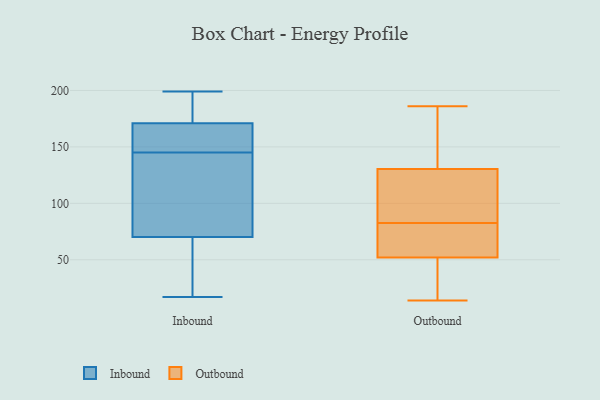
{"axis": {"x": "Page Views", "y": "Value"}, "legend": ["Inbound", "Outbound"], "data": [{"x": "", "y": 178, "type": "Inbound"}, {"x": "", "y": 128, "type": "Inbound"}, {"x": "", "y": 121, "type": "Inbound"}, {"x": "", "y": 47, "type": "Inbound"}, {"x": "", "y": 199, "type": "Inbound"}, {"x": "", "y": 167, "type": "Inbound"}, {"x": "", "y": 161, "type": "Inbound"}, {"x": "", "y": 17, "type": "Inbound"}, {"x": "", "y": 197, "type": "Inbound"}, {"x": "", "y": 174, "type": "Inbound"}, {"x": "", "y": 78, "type": "Inbound"}, {"x": "", "y": 145, "type": "Inbound"}, {"x": "", "y": 132, "type": "Inbound"}, {"x": "", "y": 170, "type": "Inbound"}, {"x": "", "y": 44, "type": "Inbound"}, {"x": "", "y": 147, "type": "Inbound"}, {"x": "", "y": 28, "type": "Inbound"}, {"x": "", "y": 138, "type": "Outbound"}, {"x": "", "y": 29, "type": "Outbound"}, {"x": "", "y": 164, "type": "Outbound"}, {"x": "", "y": 48, "type": "Outbound"}, {"x": "", "y": 186, "type": "Outbound"}, {"x": "", "y": 81, "type": "Outbound"}, {"x": "", "y": 14, "type": "Outbound"}, {"x": "", "y": 40, "type": "Outbound"}, {"x": "", "y": 84, "type": "Outbound"}, {"x": "", "y": 58, "type": "Outbound"}, {"x": "", "y": 173, "type": "Outbound"}, {"x": "", "y": 75, "type": "Outbound"}, {"x": "", "y": 56, "type": "Outbound"}, {"x": "", "y": 123, "type": "Outbound"}, {"x": "", "y": 114, "type": "Outbound"}, {"x": "", "y": 119, "type": "Outbound"}]}